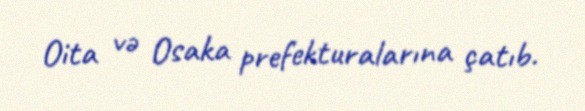
Oita və Osaka prefekturalarına çatıb.